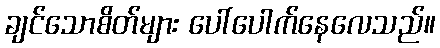
ချင်သောစိတ်များ ပေါ်ပေါက်နေလေသည်။